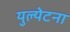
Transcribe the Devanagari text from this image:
युल्येटना